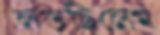
লড়ছিলেম